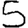
Digit: 5